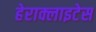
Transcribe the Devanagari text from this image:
हेराक्लाइटेस